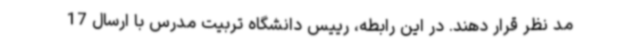
مد نظر قرار دهند. در این رابطه، رییس دانشگاه تربیت مدرس با ارسال 17